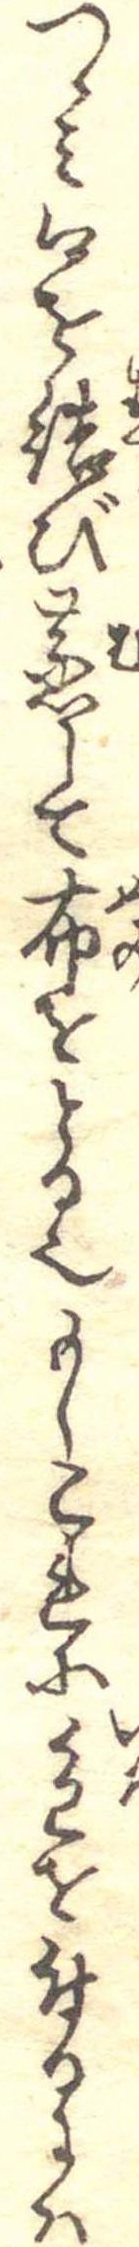
つゝみ口を結び蒸して布をとる也もしこれに色を付るには